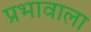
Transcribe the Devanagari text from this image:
प्रभावाला